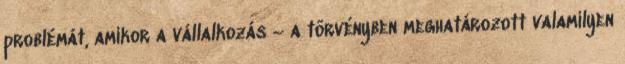
problémát, amikor a vállalkozás – a törvényben meghatározott valamilyen